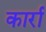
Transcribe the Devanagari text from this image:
कार्रा